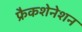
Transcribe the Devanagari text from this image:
फ्रैकशेनेशन